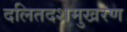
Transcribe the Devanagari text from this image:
दलितदशमुखरण